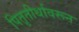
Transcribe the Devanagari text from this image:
पितृतीर्थावरून